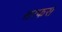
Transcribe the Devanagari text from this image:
सरफस